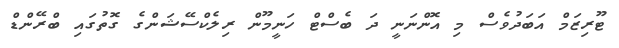
ޓޫރިޒަމް އަބަދުވެސް މި އޮންނަނީ ދަ ބެސްޓް ހަނީމޫން ރިލެކްސޭޝަންގެ ގޮތުގައި ބްރޭންޑް